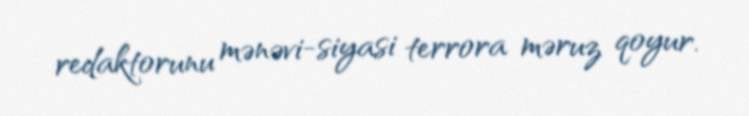
redaktorunu mənəvi-siyasi terrora məruz qoyur.